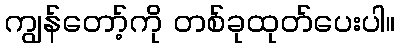
ကျွန်တော့်ကို တစ်ခုထုတ်ပေးပါ။